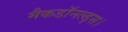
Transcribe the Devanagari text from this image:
मैकडॉनल्ड्स।